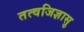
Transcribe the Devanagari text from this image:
तत्वजिज्ञासु